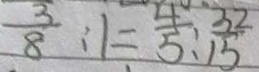
\frac { 3 } { 8 } : 1 = \frac { 4 } { 5 } : \frac { 3 2 } { 1 5 }